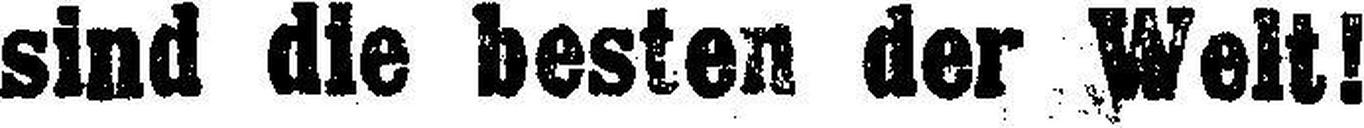
sind die besten der Weit!